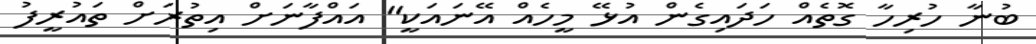
ބުނާ ހުރިހާ ގޮޮތެއް ހަދައިގެން އުޅޭ މީހެއް އޭނައަކީ" އައްފާނަށް އިތުރަށް ތައުރީފު